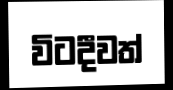
විටදීවත්